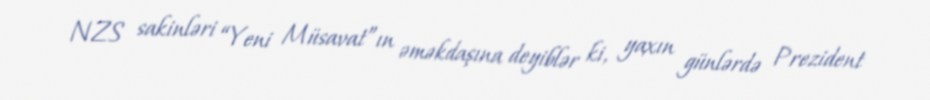
NZS sakinləri “Yeni Müsavat”ın əməkdaşına deyiblər ki, yaxın günlərdə Prezident